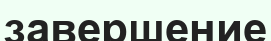
завершение